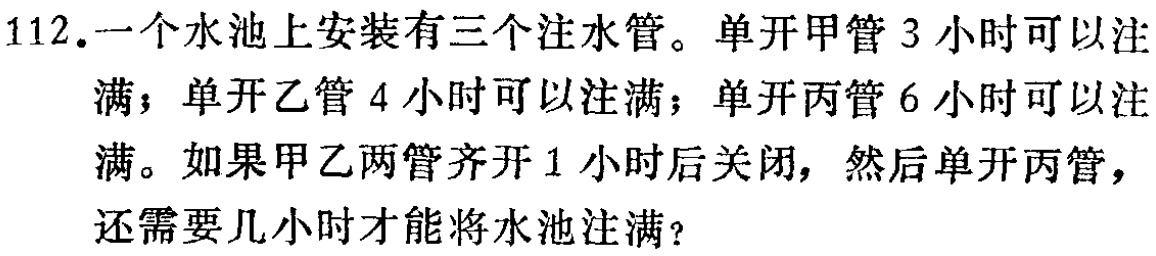
112.一个水池上安装有三个注水管。单开甲管3小时可以注满；单开乙管4小时可以注满；单开丙管6小时可以注满。如果甲乙两管齐开1小时后关闭，然后单开丙管，还需要几小时才能将水池注满？